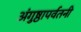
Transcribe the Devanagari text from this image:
अंगुष्ठापर्वतनी